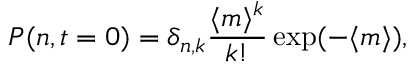
P ( n , t = 0 ) = \delta _ { n , k } \frac { \langle m \rangle ^ { k } } { k ! } \exp ( - \langle m \rangle ) , \,